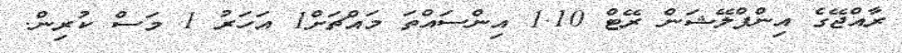
ރާއްޖޭގެ އިންފްލޭޝަން ރޭޓް 1.10 އިންސައްތަ މައްޗަށް1 އަހަރު 1 މަސް ކުރިން.